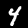
Digit: 4